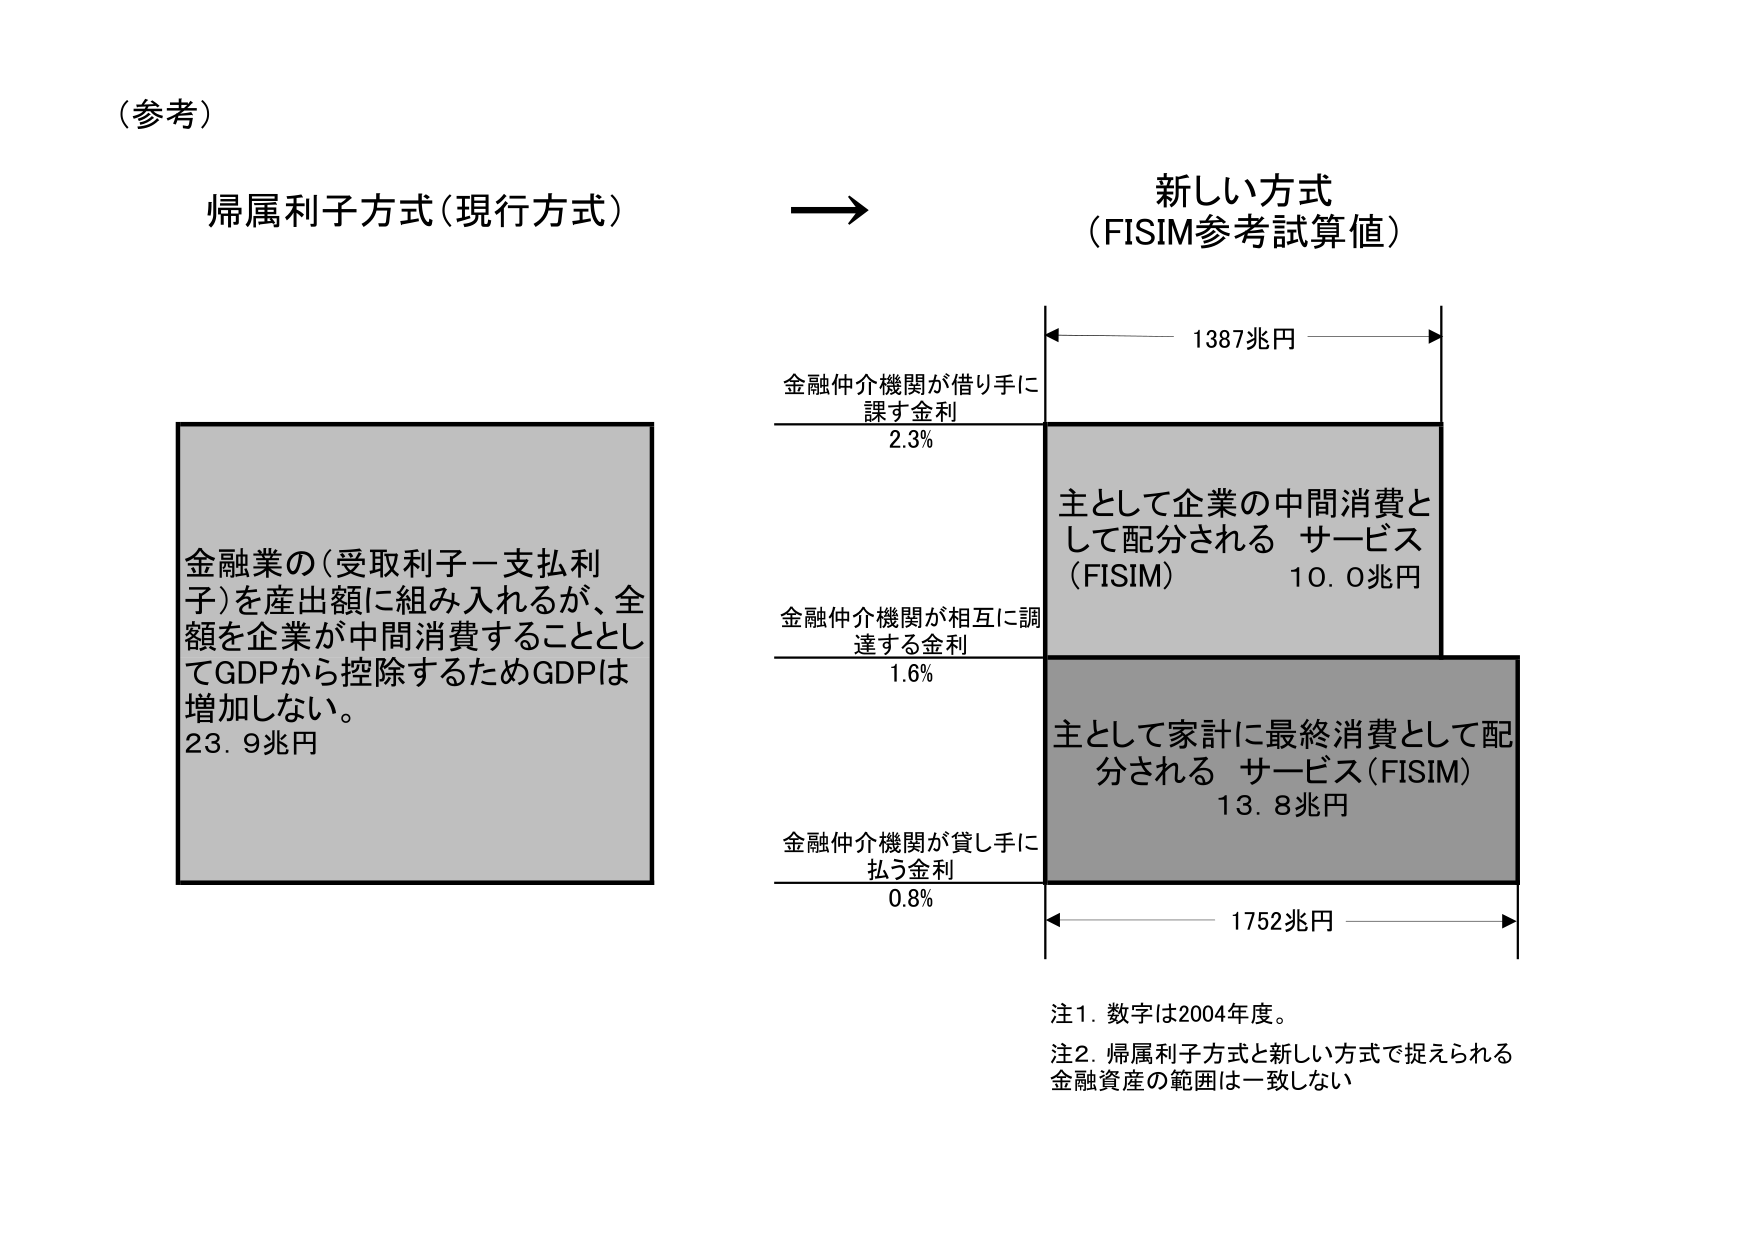
（参考）

帰属利子方式（現行方式）

金融業の（受取利子－支払利子）を産出額に組み入れるが、全額を企業が中間消費することとしてGDPから控除するためGDPは増加しない。
23.9兆円

→

新しい方式
（FISIM参考試算値）

金融仲介機関が借り手に課す金利
2.3%

主として企業の中間消費として配分される サービス（FISIM）
10.0兆円

金融仲介機関が相互に調達する金利
1.6%

主として家計に最終消費として配分される サービス（FISIM）
13.8兆円

金融仲介機関が貸し手に払う金利
0.8%

1387兆円
1752兆円

注1. 数字は2004年度。
注2. 帰属利子方式と新しい方式で捉えられる金融資産の範囲は一致しない